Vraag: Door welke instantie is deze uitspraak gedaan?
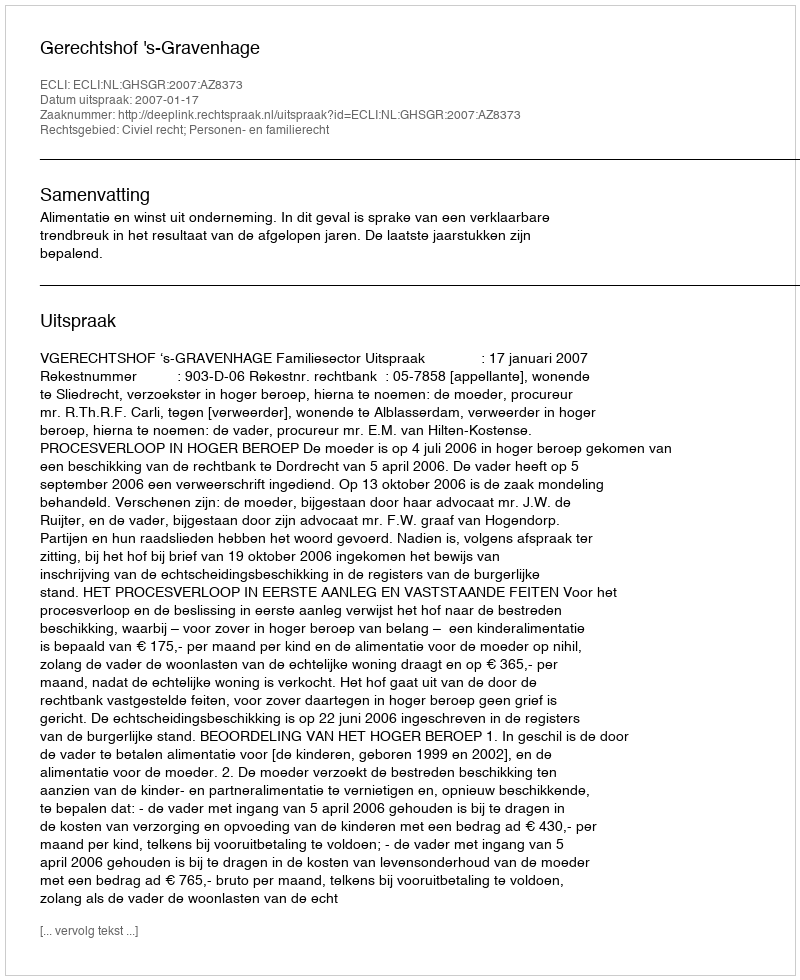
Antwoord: Gerechtshof 's-Gravenhage